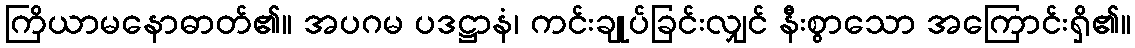
ကြိယာမနောဓာတ်၏။ အပဂမ ပဒဋ္ဌာနံ၊ ကင်းချုပ်ခြင်းလျှင် နီးစွာသော အကြောင်းရှိ၏။